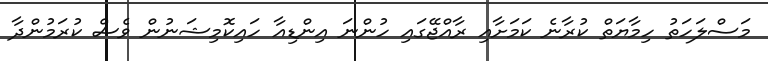
މަސްލަހަތު ހިމާޔަތް ކުރާނެ ކަމަށާއި ރާއްޖޭގައި ހުންނަ އިންޑިއާ ހައިކޮމިޝަނުން ވެސް ކުރަމުންދާ